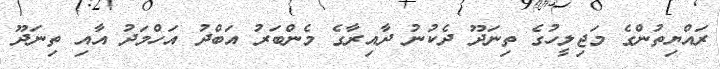
ރައްޔިތުންގެ މަޖިލީހުގެ ތިނަދޫ ދެކުނު ދާއިރާގެ މެންބަރު އަބްދު އަހްމަދު އާއި ތިނަދޫ